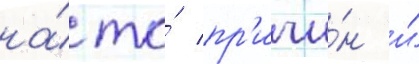
на́ то́ пр'ичи́н и́